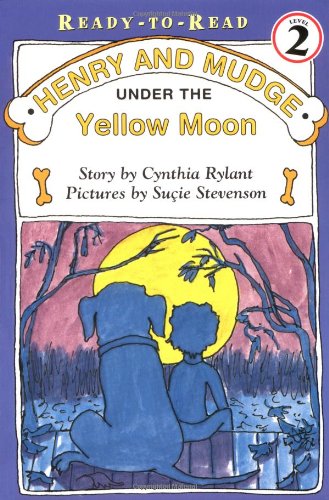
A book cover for Henry and Mudge under the Yellow Moon; Cynthia Rylant; Children's Books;